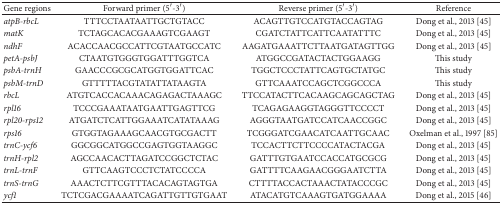
| Gene regions | Forward primer (5′-3′) | Reverse primer (5′-3′) | Reference |
 | --- | --- | --- | --- |
 | atpB-rbcL | TTTCCTAATAATTGCTGTACC | ACAGTTGTCCATGTACCAGTAG | Dong et al., 2013 [45] |
 | matK | TCTAGCACACGAAAGTCGAAGT | CGATCTATTCATTCAATATTTC | Dong et al., 2013 [45] |
 | ndhF | ACACCAACGCCATTCGTAATGCCATC | AAGATGAAATTCTTAATGATAGTTGG | Dong et al., 2013 [45] |
 | petA-psbJ | CTAATGTGGGTGGATTTGGTCA | ATGGCCGATACTACTGGAAGG | This study |
 | psbA-trnH | GAACCCGCGCATGGTGGATTCAC | TGGCTCCCTATTCAGTGCTATGC | This study |
 | psbM-trnD | GTTTTTACGTATATTATAAGTA | GTTCAAATCCAGCTCGGCCCA | This study |
 | rbcL | ATGTCACCACAAACAGAGACTAAAGC | TTCCATACTTCACAAGCAGCAGCTAG | Dong et al., 2013 [45] |
 | rpl16 | TCCCGAAATAATGAATTGAGTTCG | TCAGAGAAGGTAGGGTTCCCCT | Dong et al., 2013 [45] |
 | rpl20-rps12 | ATGATCTCATTGGAAATCATATAAAG | AGGGTAATGATCCATCAACCGGC | Dong et al., 2013 [45] |
 | rps16 | GTGGTAGAAAGCAACGTGCGACTT | TCGGGATCGAACATCAATTGCAAC | Oxelman et al., 1997 [85] |
 | trnC-ycf6 | GGCGGCATGGCCGAGTGGTAAGGC | TCCACTTCTTCCCCATACTACGA | Dong et al., 2013 [45] |
 | trnH-rpl2 | AGCCAACACTTAGATCCGGCTCTAC | GATTTGTGAATCCACCATGCGCG | Dong et al., 2013 [45] |
 | trnL-trnF | GTTCAAGTCCCTCTATCCCCA | GATTTTCAAGAACGGGAATCTTA | Dong et al., 2013 [45] |
 | trnS-trnG | AAACTCTTCGTTTACACAGTAGTGA | CTTTTACCACTAAACTATACCCGC | Dong et al., 2013 [45] |
 | ycf1 | TCTCGACGAAAATCAGATTGTTGTGAAT | ATACATGTCAAAGTGATGGAAAA | Dong et al., 2015 [46] |